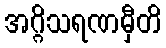
အဂ္ဂိသရဏမှီတိ